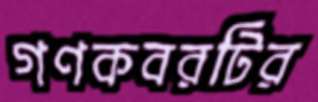
গণকবরটির